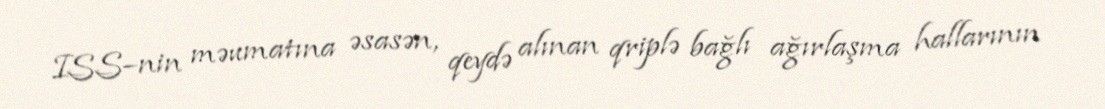
ISS–nin məumatına əsasən, qeydə alınan qriplə bağlı ağırlaşma hallarının